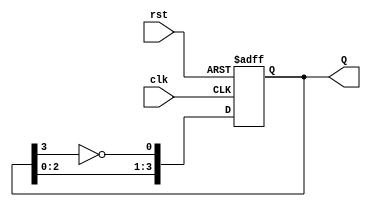
module johnson_counter (
    input wire clk,       // Clock input
    input wire rst,       // Asynchronous reset input
    output reg [3:0] Q    // 4-bit output for the counter
);

// On reset, set the counter to 0000
// On each clock edge, shift the bits and feedback the inverted last bit
always @(posedge clk or posedge rst) begin
    if (rst) begin
        Q <= 4'b0000;  // Reset state
    end else begin
        Q <= {Q[2:0], ~Q[3]};  // Shift and feedback inverted last bit
    end
end

endmodule